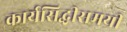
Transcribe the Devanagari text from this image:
कार्यसिद्धीसमयी